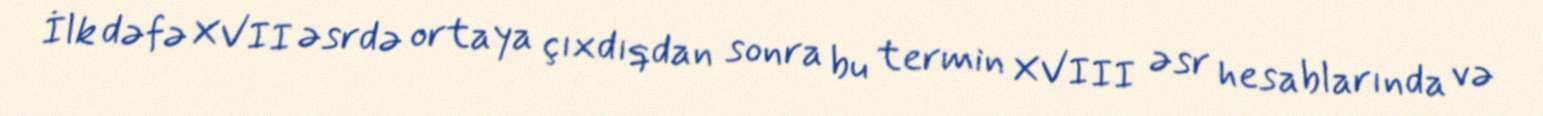
İlk dəfə XVII əsrdə ortaya çıxdıqdan sonra bu termin XVIII əsr hesablarında və